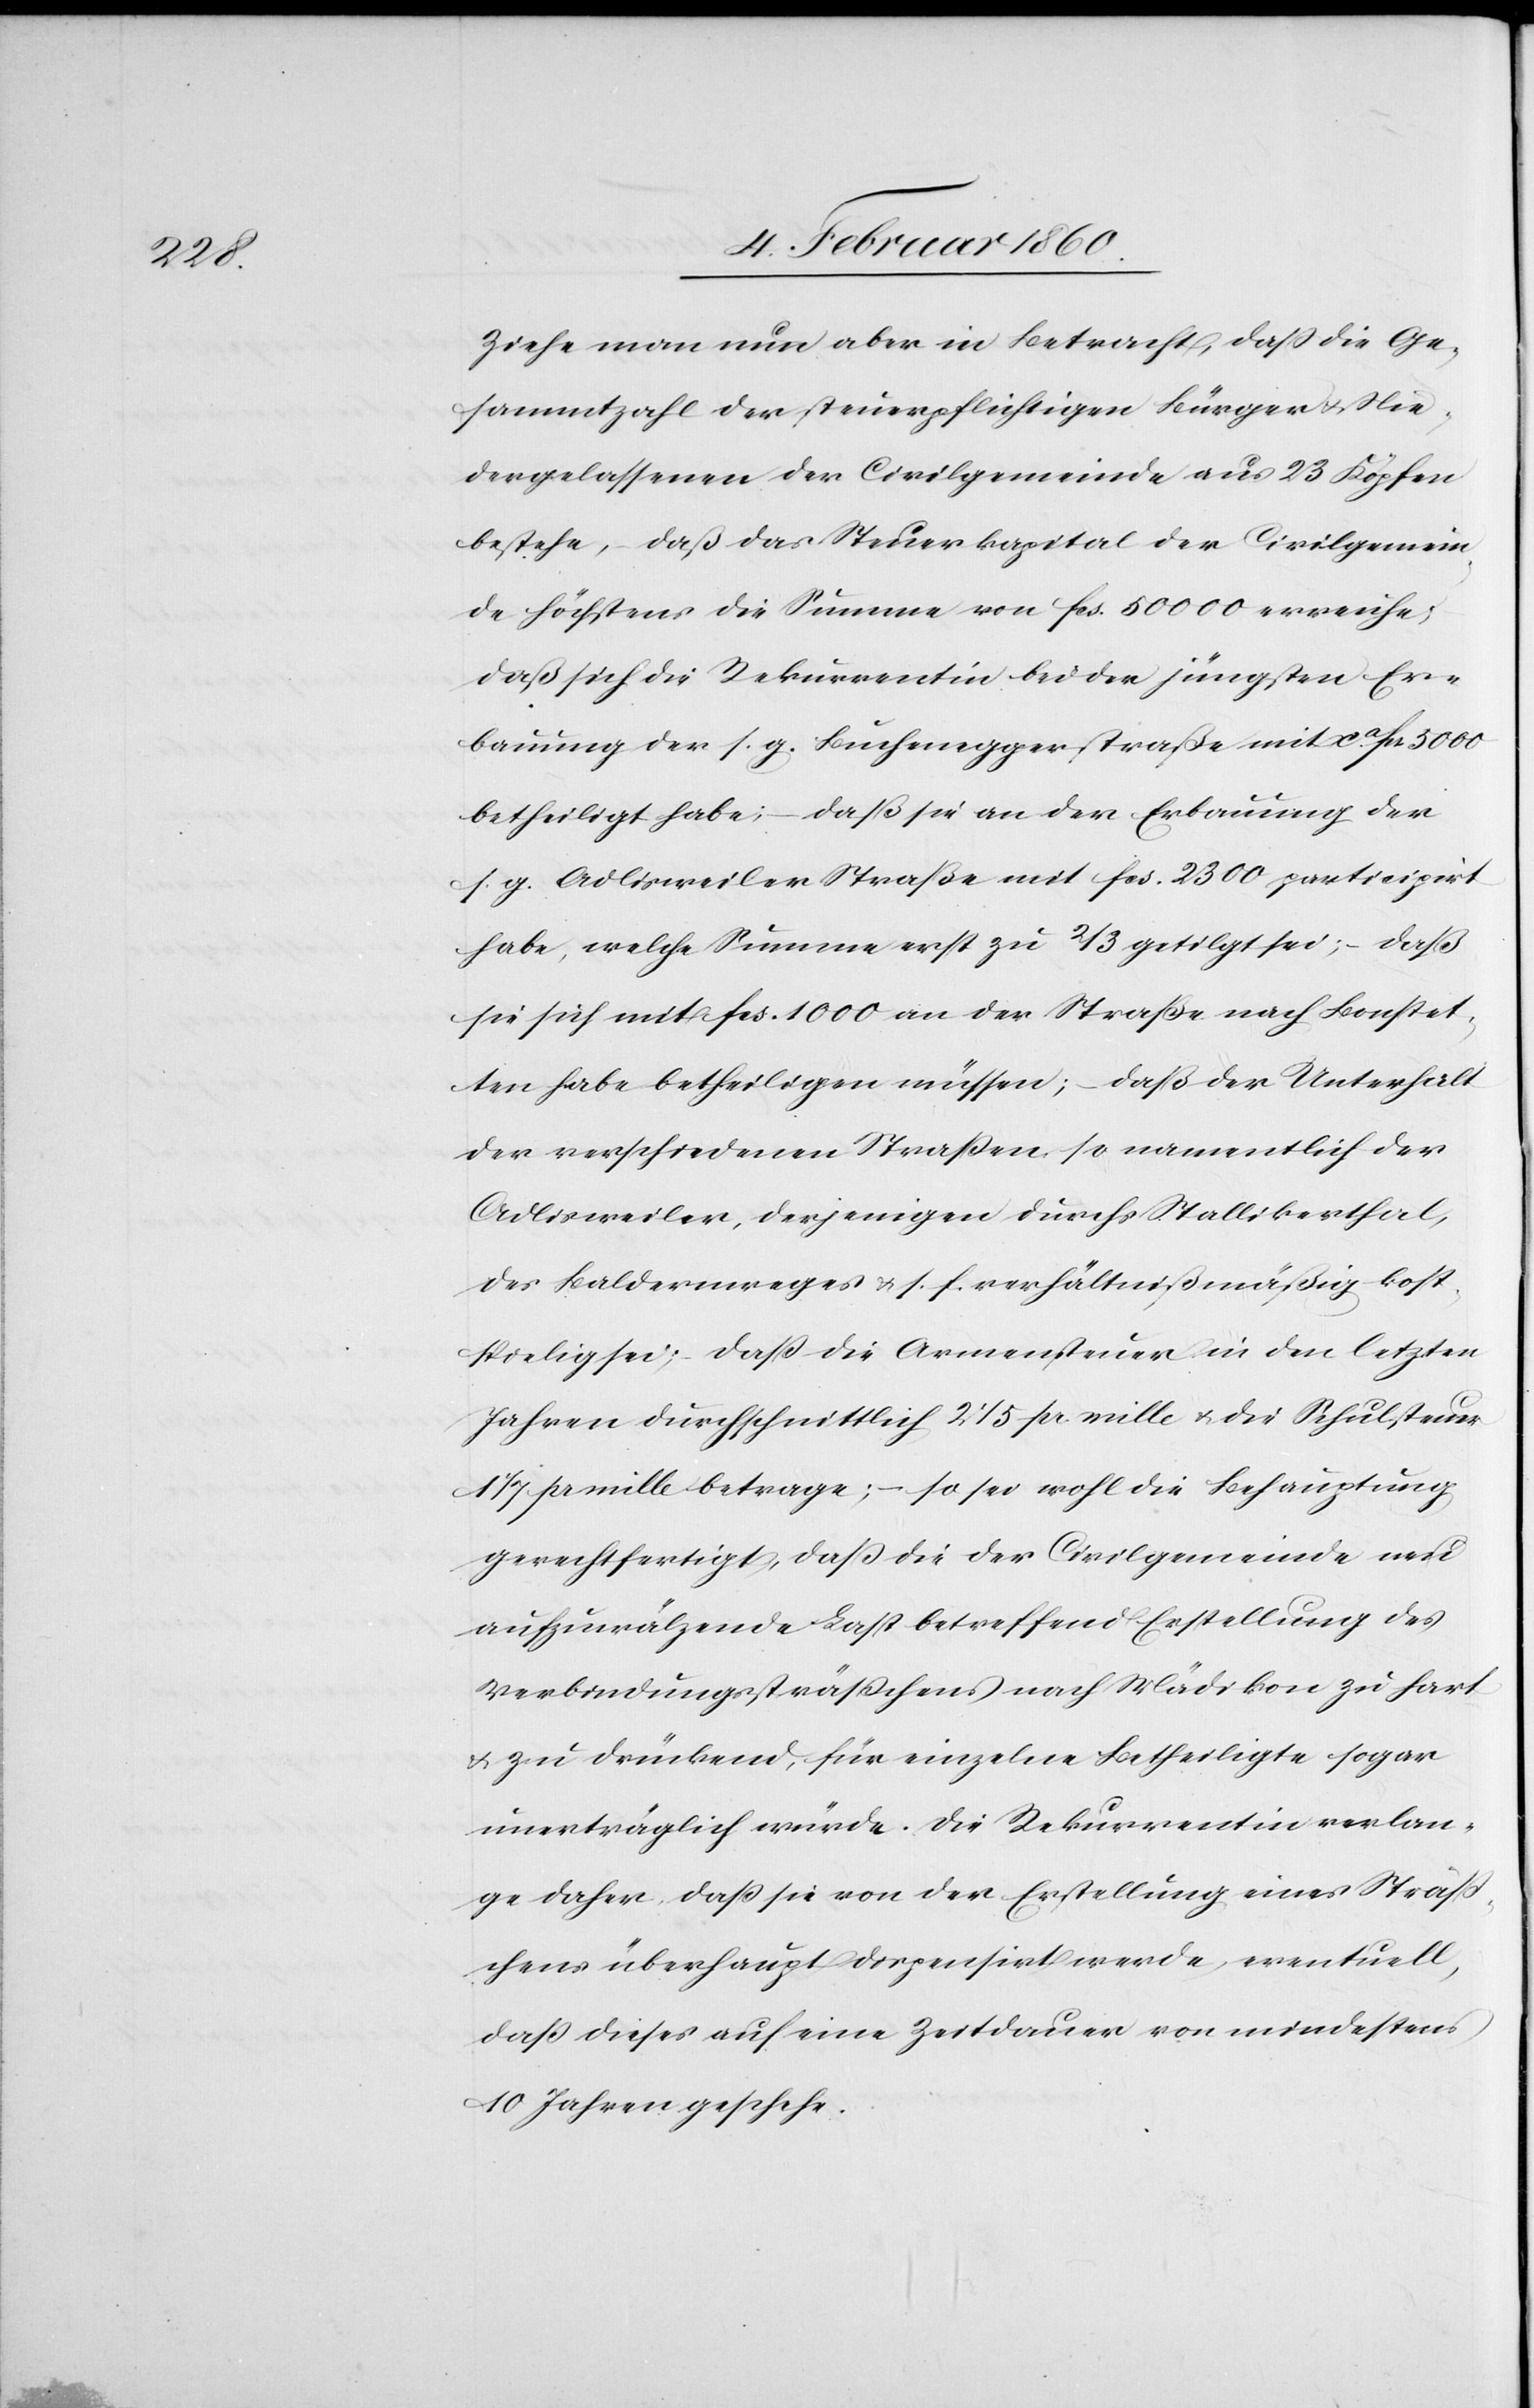
Ziehe man nun aber in Betracht, daß die Ge¬
sammtzahl der steuerpflichtigen Bürger u. Nie¬
dergelassenen der Civilgemeinde aus 23 Köpfen
bestehe, daß das Steuerkapital der Civilgemein¬
de höchstens die Summe von fcs. 50 000 erreiche,
daß sich die Rekurrentin bei der jüngsten Er¬
bauung der s. g. Bucheneggerstraße mit ca fcs. 5000
betheiligt habe; – daß sie an der Erbauung der
s. g. Adlisweiler Straße mit fcs. 2300 participirt
habe, welche Summe erst zu 2/3 getilgt sei; – daß
sie sich mit fcs. 1000 an der Straße nach Bonstet¬
ten habe betheiligen müssen; – daß der Unterhalt
der verschiedenen Strassen so namentlich der
Adlisweiler, derjenigen durchs Stallikerthal,
des Baldermreges u. s. f. verhältnißmäßig kost¬
spielig sei; – daß die Armensteuer in den letzten
Jahren durchschnittlich 2 1/5 pr. mille u. die Schulsteuer
1 1/7 pr. mille betrage; – so sei wohl die Behauptung
gerechtfertigt, dass die der Civilgemeinde neu
auszuwälzende Last betreffend Erstellung des
Verbindungssträsschens nach Mädikon zu hart
u. zu drückend, für einzelne Betheiligte sogar
unerträglich würde. Die Rekurrentinn verlan¬
ge daher, dass sie von der Erstellung eines Sträß¬
chens überhaupt dispensirt werde, eventuell,
daß dieses auf eine Zeitdauer von mindestens
10 Jahre geschehe.